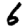
Digit: 6